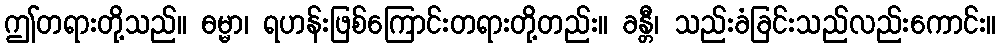
ဤတရားတို့သည်။ ဓမ္မာ၊ ရဟန်းဖြစ်ကြောင်းတရားတို့တည်း။ ခန္တီ၊ သည်းခံခြင်းသည်လည်းကောင်း။